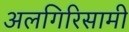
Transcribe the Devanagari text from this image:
अलगिरिसामी